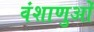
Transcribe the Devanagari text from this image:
वंशाणुओं